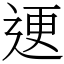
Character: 䢚